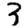
Digit: 3